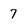
Character: 7